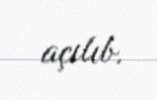
açılıb.